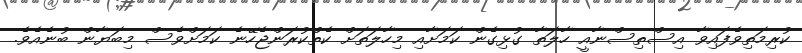
ކުރިމަތިވެފައިވާ އިސްތިސްނާއީ ހާލަތާ ގުޅިގެން ކަމަށާއި މިހާލަތަށް ކެތްކުރަންޖެހޭނެ ކަމަށްވެސް މިބަޔާން ބުނެއެވެ.